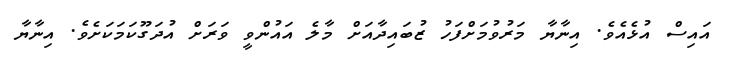
އައިސް އުޅެއެވެ. އިނާޔާ މަރުވުމަށްފަހު ޒުބައިދާއަށް މާލެ އައުންވީ ވަރަށް އުދަގޫކަމަކަށެވެ. އިނާޔާ